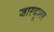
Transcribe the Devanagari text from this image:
जारबूशर